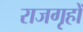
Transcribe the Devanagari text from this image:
राजगृहों